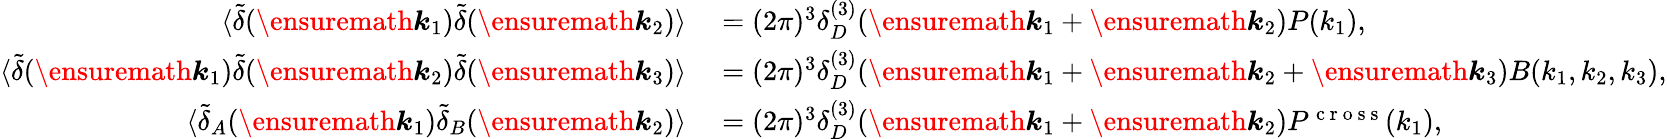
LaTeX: \begin{array}{rl}{\langle\tilde{\delta}(\ensuremath{\boldsymbol{k}}_{1})\tilde{\delta}(\ensuremath{\boldsymbol{k}}_{2})\rangle}&{{}=(2\pi)^{3}\delta_{D}^{(3)}(\ensuremath{\boldsymbol{k}}_{1}+\ensuremath{\boldsymbol{k}}_{2})P(k_{1}),}\\ {\langle\tilde{\delta}(\ensuremath{\boldsymbol{k}}_{1})\tilde{\delta}(\ensuremath{\boldsymbol{k}}_{2})\tilde{\delta}(\ensuremath{\boldsymbol{k}}_{3})\rangle}&{{}=(2\pi)^{3}\delta_{D}^{(3)}(\ensuremath{\boldsymbol{k}}_{1}+\ensuremath{\boldsymbol{k}}_{2}+\ensuremath{\boldsymbol{k}}_{3})B(k_{1},k_{2},k_{3}),}\\ {\langle\tilde{\delta}_{A}(\ensuremath{\boldsymbol{k}}_{1})\tilde{\delta}_{B}(\ensuremath{\boldsymbol{k}}_{2})\rangle}&{{}=(2\pi)^{3}\delta_{D}^{(3)}(\ensuremath{\boldsymbol{k}}_{1}+\ensuremath{\boldsymbol{k}}_{2})P^{\mathrm{~c~r~o~s~s~}}(k_{1}),}\end{array}